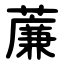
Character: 薕